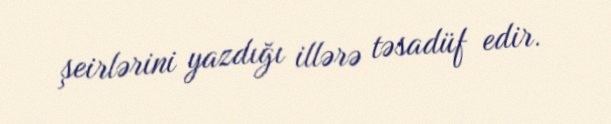
şeirlərini yazdığı illərə təsadüf edir.